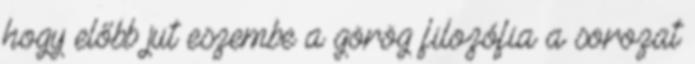
hogy előbb jut eszembe a görög filozófia a sorozat